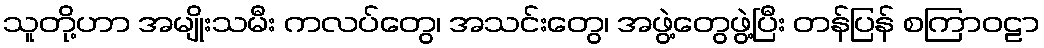
သူတို့ဟာ အမျိုးသမီး ကလပ်တွေ၊ အသင်းတွေ၊ အဖွဲ့တွေဖွဲ့ပြီး တန်ပြန် စကြာဝဠာ